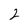
Character: 2